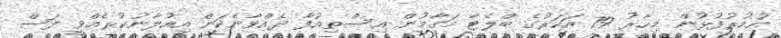
އުމުރުފުޅުން މިހާރު 79 އަހަރުގެ ބްލެޓާ މަގާމުން އިސްތިއުފާ ދެއްވާނެކަން އިއުލާނުކުރެއްވީ ފަސް